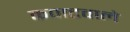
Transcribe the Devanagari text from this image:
कपाटवाले